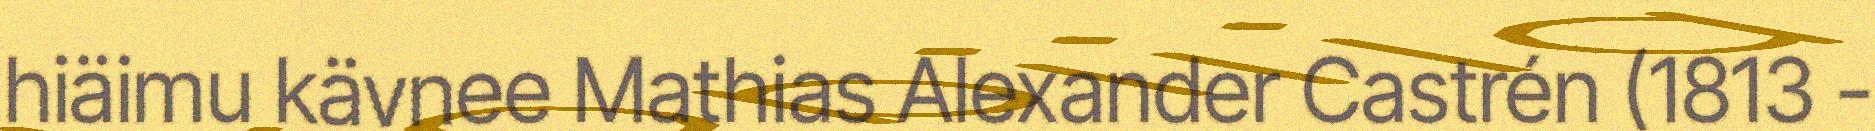
hiäimu kävnee Mathias Alexander Castrén (1813 -